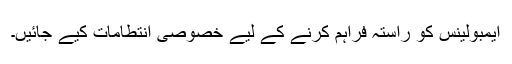
ایمبولینس کو راستہ فراہم کرنے کے لیے خصوصی انتطامات کیے جائیں۔